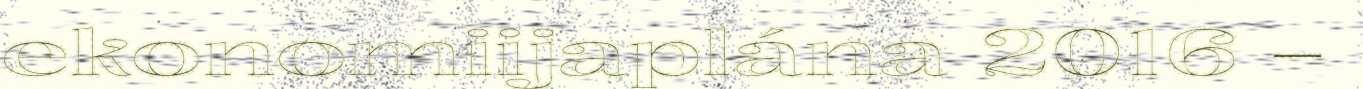
ekonomiijaplána 2016 –